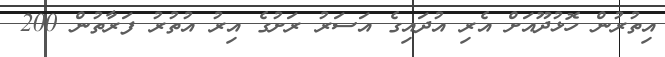
އިތުރުން ހޮޅުދޫއަށް އެރި އުދައިގެ އަސަރު ރަށުގެ އިރު އުތުރު ފަރާތުން 200